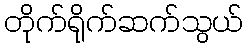
တိုက်ရိုက်ဆက်သွယ်